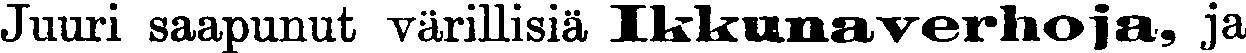
Juuri saapunut värillisiä Ikunaverhoja, ja